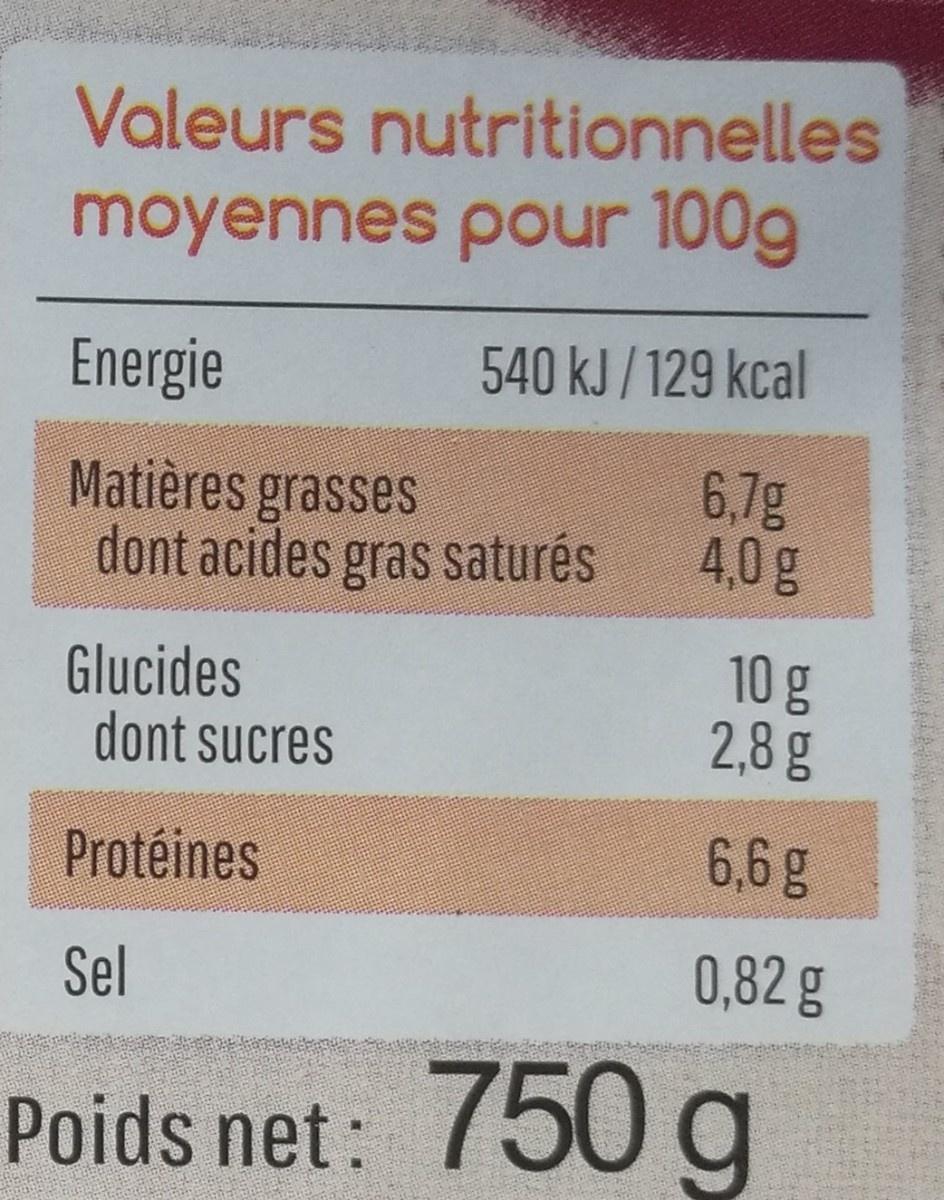
Valeurs nutritionnelles
moyennes pour 100g
Energie
540 kJ /129 kcal
Matières grasses dont acides gras saturés
6,7g 4,0g
Glucides dont sucres
10 g 2,8 g
Protéines
6,6g
Sel
0,82 g
Poids net: 750g